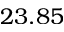
2 3 . 8 5